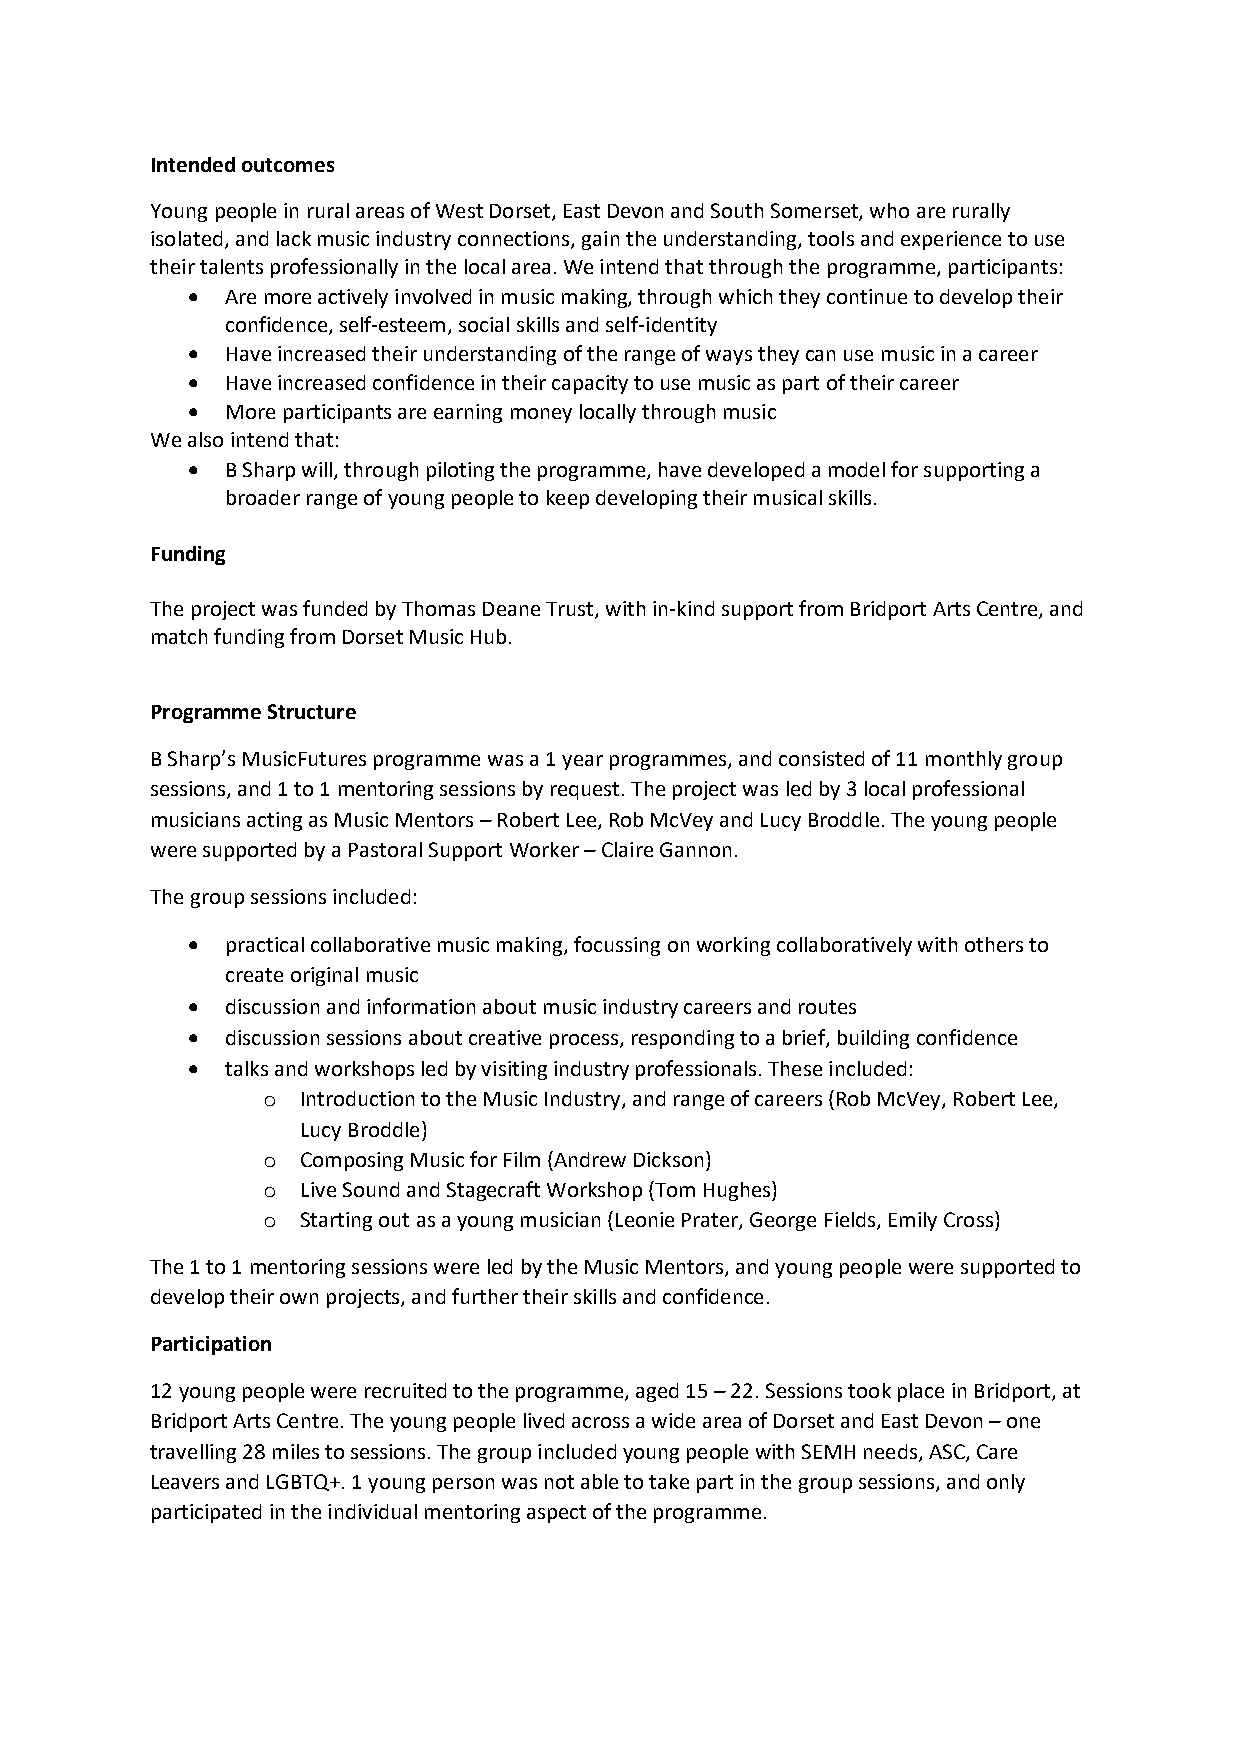
Intended outcomes
 Young people in rural areas of West Dorset, East Devon and South Somerset, who are rurally
 isolated, and lack music industry connections, gain the understanding, tools and experience to use
 their talents professionally in the local area. We intend that through the programme, participants:
   Are more actively involved in music making, through which they continue to develop their
 confidence, self-esteem, social skills and self-identity
   Have increased their understanding of the range of ways they can use music in a career
   Have increased confidence in their capacity to use music as part of their career
   More participants are earning money locally through music
 We also intend that:
   B Sharp will, through piloting the programme, have developed a model for supporting a
 broader range of young people to keep developing their musical skills.
 Funding
 The project was funded by Thomas Deane Trust, with in-kind support from Bridport Arts Centre, and
 match funding from Dorset Music Hub.
 Programme Structure
 B Sharp’s MusicFutures programme was a 1 year programmes, and consisted of 11 monthly group
 sessions, and 1 to 1 mentoring sessions by request. The project was led by 3 local professional
 musicians acting as Music Mentors – Robert Lee, Rob McVey and Lucy Broddle. The young people
 were supported by a Pastoral Support Worker – Claire Gannon.
 The group sessions included:
   practical collaborative music making, focussing on working collaboratively with others to
 create original music
   discussion and information about music industry careers and routes
   discussion sessions about creative process, responding to a brief, building confidence
   talks and workshops led by visiting industry professionals. These included:
 o  Introduction to the Music Industry, and range of careers (Rob McVey, Robert Lee,
 Lucy Broddle)
 o  Composing Music for Film (Andrew Dickson)
 o  Live Sound and Stagecraft Workshop (Tom Hughes)
 o  Starting out as a young musician (Leonie Prater, George Fields, Emily Cross)
 The 1 to 1 mentoring sessions were led by the Music Mentors, and young people were supported to
 develop their own projects, and further their skills and confidence.
 Participation
 12 young people were recruited to the programme, aged 15 – 22. Sessions took place in Bridport, at
 Bridport Arts Centre. The young people lived across a wide area of Dorset and East Devon – one
 travelling 28 miles to sessions. The group included young people with SEMH needs, ASC, Care
 Leavers and LGBTQ+. 1 young person was not able to take part in the group sessions, and only
 participated in the individual mentoring aspect of the programme.